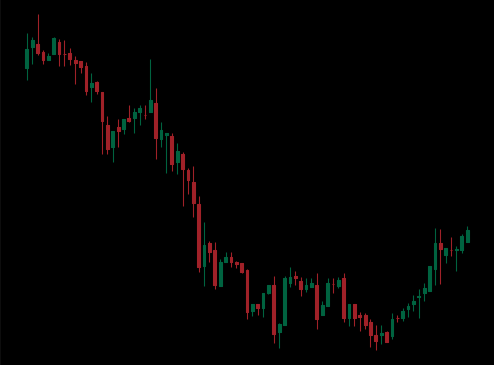
Pattern: bull_flag